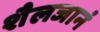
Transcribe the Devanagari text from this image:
शैलजानं